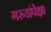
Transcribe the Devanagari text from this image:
गरुडांपेक्षा